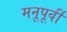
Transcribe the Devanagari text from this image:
मनूपूर्वी